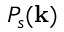
P _ { s } ( \mathbf { k } )